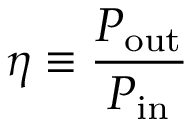
\eta \equiv { \frac { P _ { \mathrm { o u t } } } { P _ { \mathrm { i n } } } }